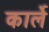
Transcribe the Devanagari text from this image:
कार्ले